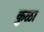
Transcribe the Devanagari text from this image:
कुळा